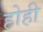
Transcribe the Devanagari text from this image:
होही